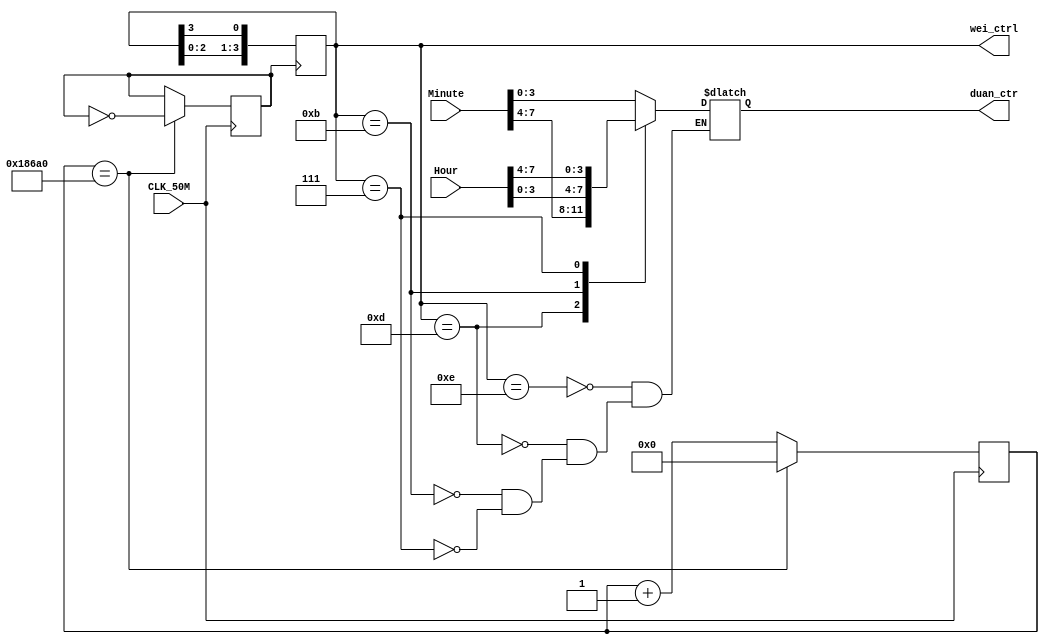
`timescale 1ns / 1ps
//////////////////////////////////////////////////////////////////////////////////
// Company: 
// Engineer: 
// 
// Design Name: 
// Module Name:    display 
// Project Name: 
// Target Devices: 
// Tool versions: 
// Description: 
//
// Dependencies: 
//
// Revision: 
// Revision 0.01 - File Created
// Additional Comments: 
//
//////////////////////////////////////////////////////////////////////////////////
module display(
    input CLK_50M,
	 input [7:0] Hour,Minute,
	 output reg[3:0] duan_ctr,
    output [3:0] wei_ctrl
    );
	 
	reg clk_400HZ;
	reg [3:0]wei_ctr=4'b1110;
	integer clk_cnt;
	
	always @(posedge CLK_50M)
		if(clk_cnt==32'd100000)
		begin
			clk_cnt<=1'b0;
			clk_400HZ<=~clk_400HZ;
		end
		else
		clk_cnt<=clk_cnt+1'b1;
	
	always@(posedge clk_400HZ)
		wei_ctr={wei_ctr[2:0],wei_ctr[3]};	
		
	always@(wei_ctr)
		case(wei_ctr)
			4'b1110:duan_ctr=Minute[3:0];
			4'b1101:duan_ctr=Minute[7:4];
			4'b1011:duan_ctr=Hour[3:0];
			4'b0111:duan_ctr=Hour[7:4];
		endcase
	assign wei_ctrl=wei_ctr;
endmodule
/*
	parameter N=25;
	parameter CLK_Freq=50000000;
	parameter Out_Freq=250;
	
	reg[N-1:0] Count_DIV;
	always@(posedge CLK_50M)
	begin
			if(Count_DIV<(CLK_Freq/(2*Out_Freq)-1))
				Count_DIV<=Count_DIV+1'b1;
			else
			begin
				Count_DIV<=0;
				cp<=~cp;
			end
	end
	always@(posedge cp)
		wei_ctr<={wei_ctr[2:0],wei_ctr[3]};
	assign weima=wei_ctr;
	*/